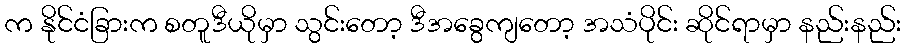
က နိုင်ငံခြားက စတူဒီယိုမှာ သွင်းတော့ ဒီအခွေကျတော့ အသံပိုင်း ဆိုင်ရာမှာ နည်းနည်း